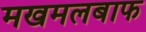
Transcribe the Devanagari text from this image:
मखमलबाफ